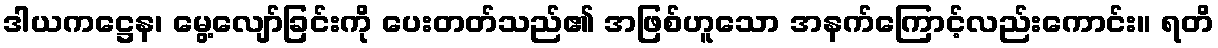
ဒါယကဋ္ဌေန၊ မွေ့လျော်ခြင်းကို ပေးတတ်သည်၏ အဖြစ်ဟူသော အနက်ကြောင့်လည်းကောင်း။ ရတိ